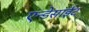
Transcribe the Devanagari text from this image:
एन्डेसाईट